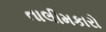
તાલીમકારો